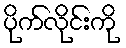
ပိုက်လိုင်းကို